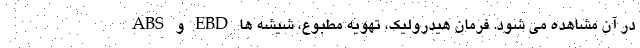
ABS و EBD در آن مشاهده می شود. فرمان هیدرولیک، تهویه مطبوع، شیشه ها